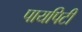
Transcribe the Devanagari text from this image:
पायपिटी